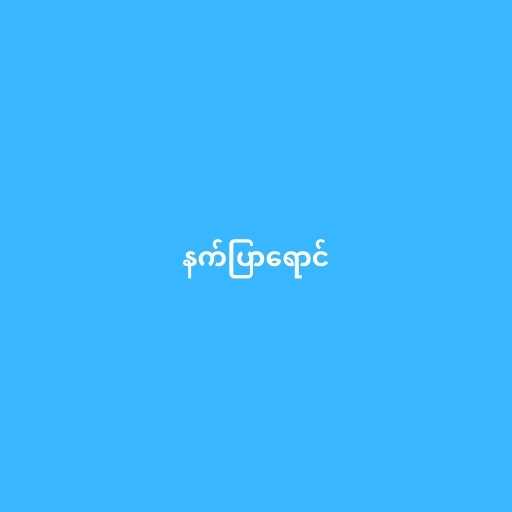
နက်ပြာရောင်